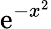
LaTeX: \mathrm{e}^{-x^{2}}